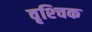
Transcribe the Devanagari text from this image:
वृश्‍चिक